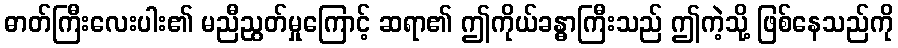
ဓာတ်ကြီးလေးပါး၏ မညီညွတ်မှုကြောင့် ဆရာ၏ ဤကိုယ်ခန္ဓာကြီးသည် ဤကဲ့သို့ ဖြစ်နေသည်ကို